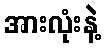
အားလုံးနဲ့